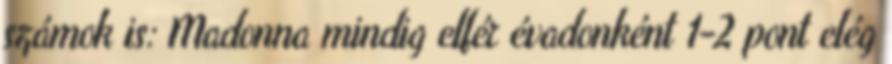
számok is: Madonna mindig elfér évadonként 1-2 pont elég